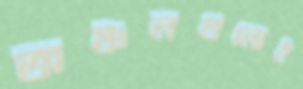
অঞ্চলগুলোই